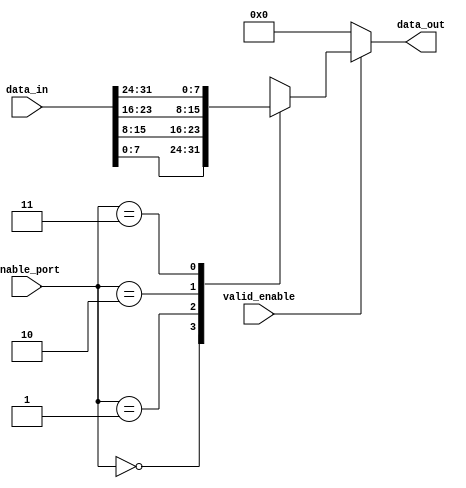
/** @module : mux_bus
 *  @author : Secure, Trusted, and Assured Microelectronics (STAM) Center

 *  Copyright (c) 2022 Trireme (STAM/SCAI/ASU)
 *  Permission is hereby granted, free of charge, to any person obtaining a copy
 *  of this software and associated documentation files (the "Software"), to deal
 *  in the Software without restriction, including without limitation the rights
 *  to use, copy, modify, merge, publish, distribute, sublicense, and/or sell
 *  copies of the Software, and to permit persons to whom the Software is
 *  furnished to do so, subject to the following conditions:
 *  The above copyright notice and this permission notice shall be included in
 *  all copies or substantial portions of the Software.

 *  THE SOFTWARE IS PROVIDED "AS IS", WITHOUT WARRANTY OF ANY KIND, EXPRESS OR
 *  IMPLIED, INCLUDING BUT NOT LIMITED TO THE WARRANTIES OF MERCHANTABILITY,
 *  FITNESS FOR A PARTICULAR PURPOSE AND NONINFRINGEMENT. IN NO EVENT SHALL THE
 *  AUTHORS OR COPYRIGHT HOLDERS BE LIABLE FOR ANY CLAIM, DAMAGES OR OTHER
 *  LIABILITY, WHETHER IN AN ACTION OF CONTRACT, TORT OR OTHERWISE, ARISING FROM,
 *  OUT OF OR IN CONNECTION WITH THE SOFTWARE OR THE USE OR OTHER DEALINGS IN
 *  THE SOFTWARE.
 */

module mux_bus #(
parameter WIDTH      = 8,
          NUM_PORTS  = 4
)(
input [WIDTH*NUM_PORTS-1 : 0] data_in,
input [log2(NUM_PORTS)-1 : 0] enable_port,
input valid_enable,
output [WIDTH-1 : 0] data_out
);

//Define the log2 function
function integer log2;
input integer value;
begin
  value = value-1;
  for(log2=0; value>0; log2=log2+1)
    value = value>>1;
  end
endfunction

genvar i;
wire [WIDTH-1 : 0] inputs [NUM_PORTS-1 : 0];

generate
  for(i=0; i<NUM_PORTS; i=i+1)begin: INPUT
    assign inputs[i] = data_in[i*WIDTH +: WIDTH];
  end
endgenerate

assign data_out = valid_enable ? inputs[enable_port] : 0;

endmodule